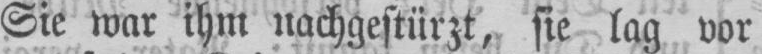
Sie war ihm nachgestürzt, sie lag vor